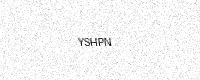
Text: YSHPN